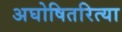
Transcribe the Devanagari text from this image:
अघोषितरित्या